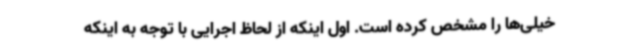
خیلی‌ها را مشخص کرده است. اول اینکه از لحاظ اجرایی با توجه به اینکه